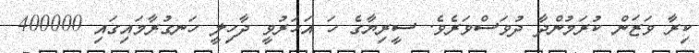
ކިރާ ވަޒަން ކުރަމުންދާ ދުވަސްވަރެވެ. ސީރިޔާގެ ހަ އަހަރުވީ ދާހިލީ ހަނގުރާމައިގައި 400000